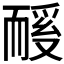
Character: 𬚏